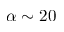
\alpha \sim 2 0